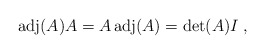
\begin{align*}{\rm adj}(A) A = A \,{\rm adj}(A) = \det(A) I \;,\end{align*}